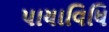
પાયાવિધિ